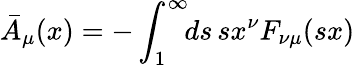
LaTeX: \bar{A}_{\mu}(x)=-\int_{1}^{\infty}\! \! ds\, sx^{\nu}F_{\nu\mu}(sx)